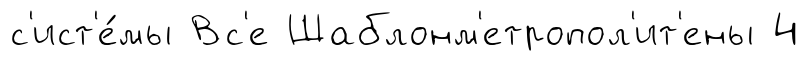
с'ист'е́мы Вс'е Шаблонм'етропол'ит'ены 4